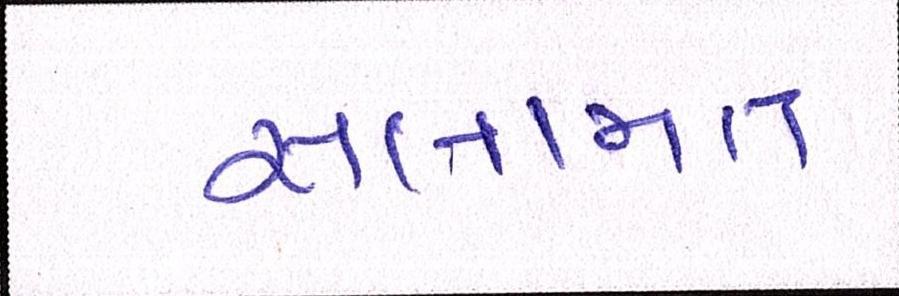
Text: સલામત